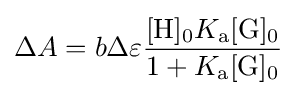
{\Delta }A=b{\Delta }\varepsilon {\frac {[{\ce {H}}]_{0}K_{\rm {a}}[{\ce {G}}]_{0}}{1+K_{\rm {a}}[{\ce {G}}]_{0}}}